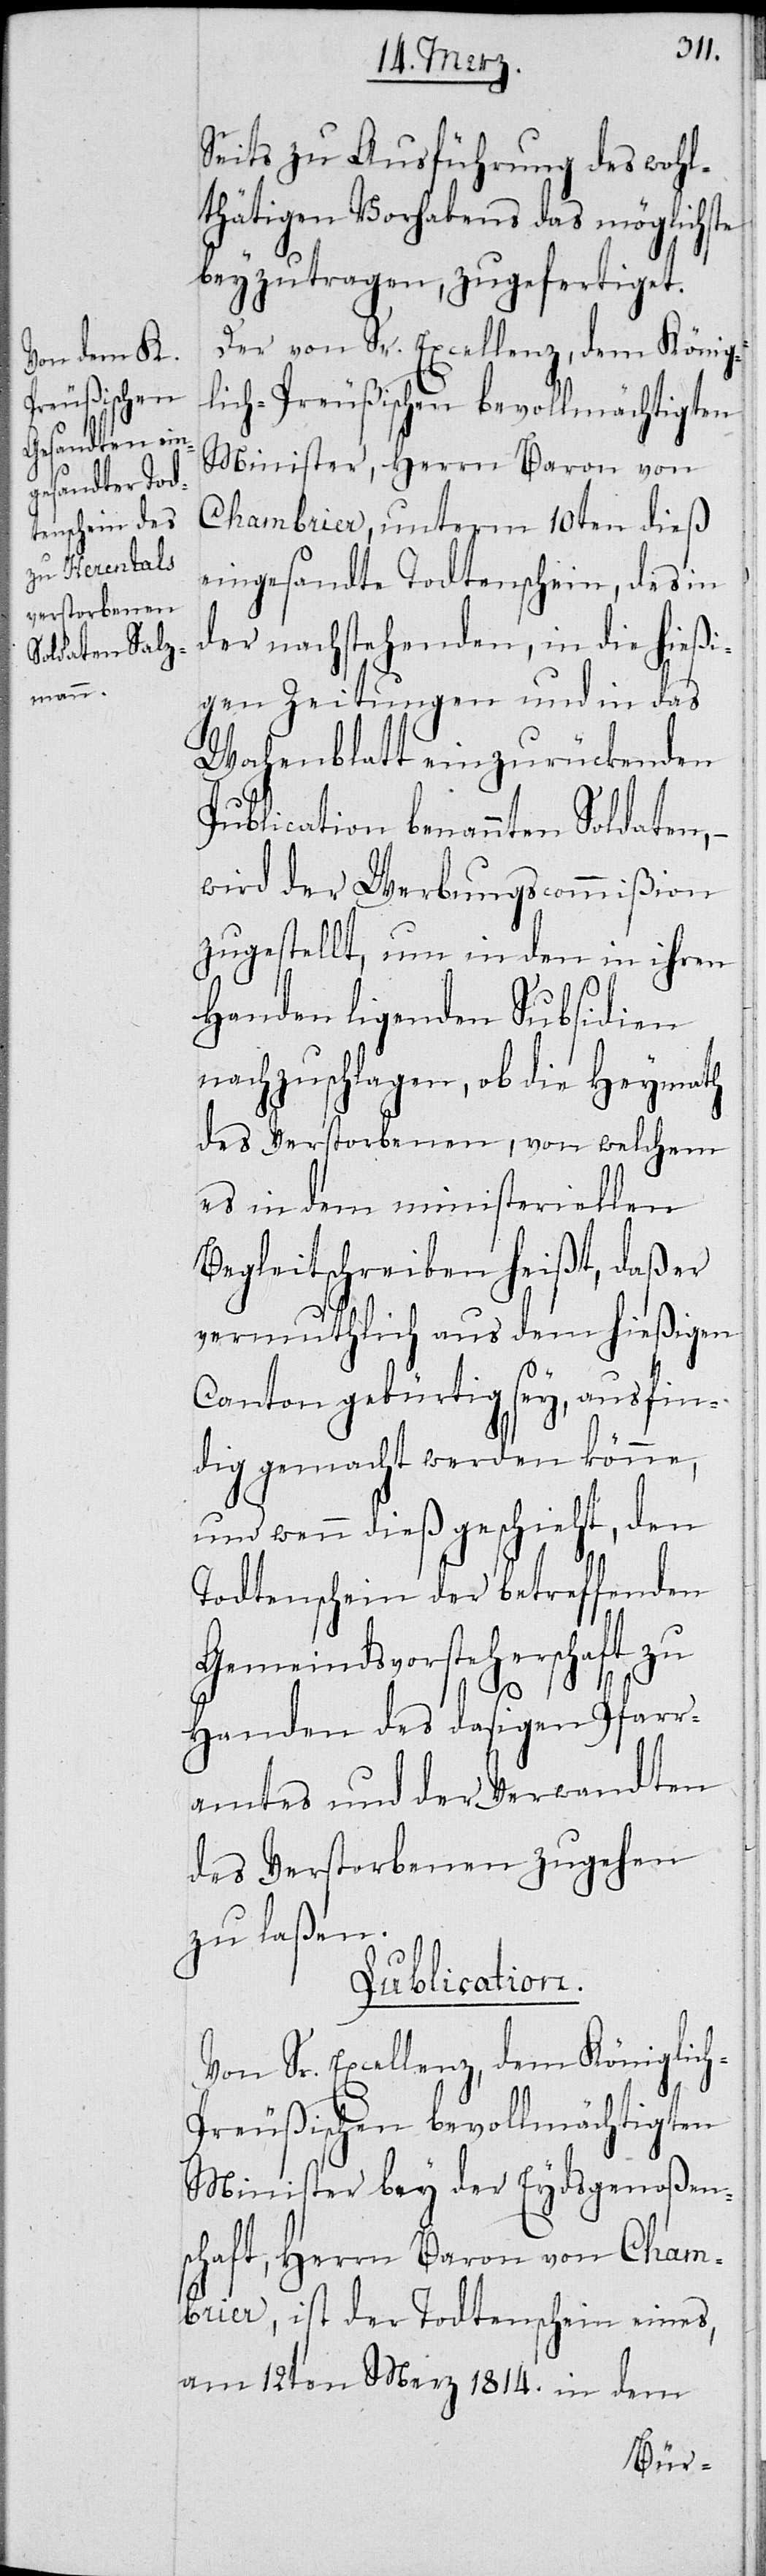
Seits zu Ausführung des wohl¬
thätigen Vorhabens das möglichste
beyzutragen, zugefertiget.
Von Sr. Excellenz, dem König¬
lich-Preußischen bevollmächtigten
Minister, Herrn Baron von
Chambrier, unterm 10ten dieß
eingesandte Todtenschein, des in
der nachstehenden, in die hießi¬
gen Zeitungen und in das
Wochenblatt einzurückenden
Publication benannten Soldaten, –
wird der Werbungscommißion
zugestellt, um in den in ihren
Handen liegenden Subsidien
nachzuschlagen, ob die Heymath
des Verstorbenen, von welchem
es in dem ministeriellen
Begleitschreiben heißt, daß er
vermuthlich aus dem hießigen
Canton gebürtig sey, ausfin¬
dig gemacht werden könne,
und wenn dieß geschieht, den
Todtenschein der betreffenden
Gemeindsvorsteherschaft zu
Handen des dasigen Pfarr¬
amtes und der Verwandten
des Verstorbenen zugehen
zu laßen.
Publication.
Minister bey der Eydsgenoßen¬
schaft, Herrn Baron von Cham¬
brier, ist der Todtenschein eines,
am 12ten Merz 1814. in dem